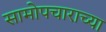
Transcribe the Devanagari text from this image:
सामोपचाराच्या